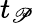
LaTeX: t_{\mathscr{P}}